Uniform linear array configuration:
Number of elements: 8
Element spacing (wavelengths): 0.5
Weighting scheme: cosine
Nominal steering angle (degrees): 0
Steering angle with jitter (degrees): -1.493
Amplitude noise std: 0.05
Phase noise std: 0.05

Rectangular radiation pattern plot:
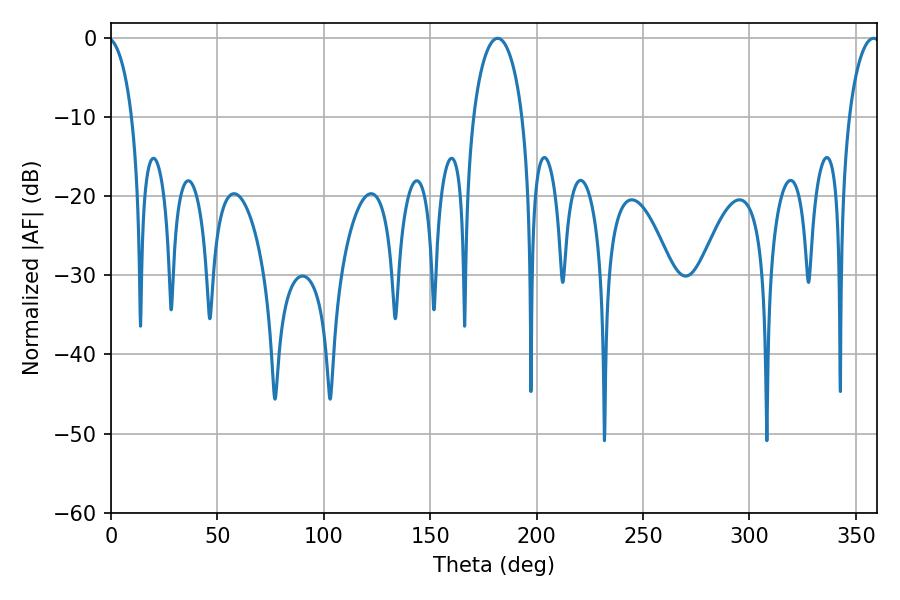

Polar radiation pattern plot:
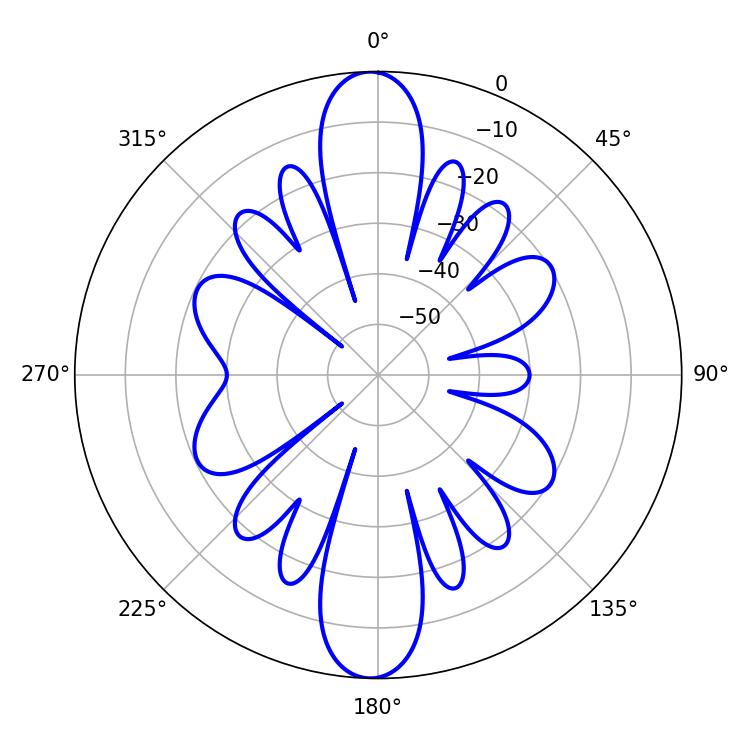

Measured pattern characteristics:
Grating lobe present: FALSE
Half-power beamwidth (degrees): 13.14
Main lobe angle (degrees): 181.62